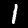
Digit: 1